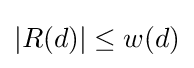
|R(d)|\leq w(d)